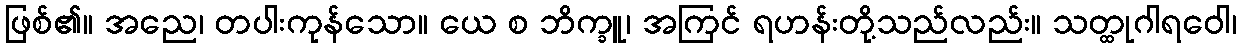
ဖြစ်၏။ အညေ၊ တပါးကုန်သော။ ယေ စ ဘိက္ခူ၊ အကြင် ရဟန်းတို့သည်လည်း။ သတ္ထုဂါရဝေါ၊